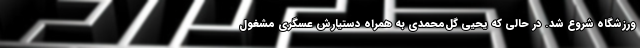
ورزشگاه شروع شد. در حالی که یحیی گل‌محمدی به همراه دستیارش عسگری مشغول